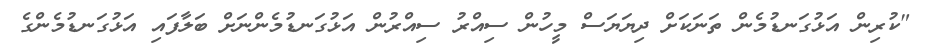
"ކުރިން އަޅުގަނޑުމެން ތަނަކަށް ދިޔަޔަސް މީހުން ސިއްރު ސިއްރުން އަޅުގަނޑުމެންނަށް ބަލާފައި އަޅުގަނޑުމެންގެ